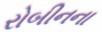
રોબીનના